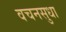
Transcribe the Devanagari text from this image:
वचनसुधा